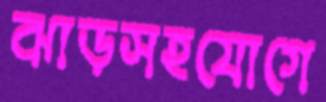
ঝাড়সহযোগে